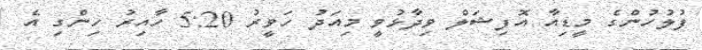
ފުލުހުންގެ މީޑިއާ އޮފިޝަލް ވިދާޅުވީ މިއަދު ހަވީރު 5:20 ހާއިރު ހިންގި އެ